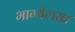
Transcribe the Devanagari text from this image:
भाग्येलख